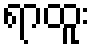
ရာထူး